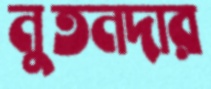
নুতনদার